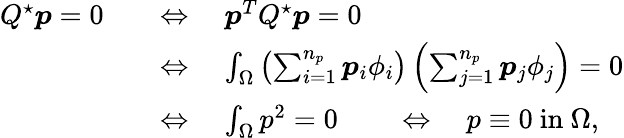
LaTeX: \begin{array}{rl}{Q^{\star}\boldsymbol{p}=0\quad}&{\Leftrightarrow\quad\boldsymbol{p}^{T}Q^{\star}\boldsymbol{p}=0}\\ &{\Leftrightarrow\quad\int_{\Omega}\left(\sum_{i=1}^{n_{p}}\boldsymbol{p}_{i}\phi_{i}\right)\left(\sum_{j=1}^{n_{p}}\boldsymbol{p}_{j}\phi_{j}\right)=0}\\ &{\Leftrightarrow\quad\int_{\Omega}p^{2}=0\qquad\Leftrightarrow\quad p\equiv 0\mathrm{~in~}\Omega,}\end{array}